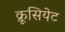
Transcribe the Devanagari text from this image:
क्रूसियेट